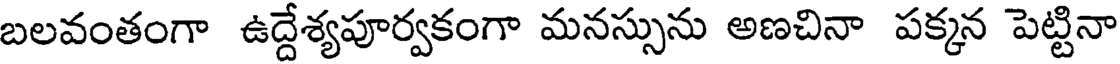
బలవంతంగా ఉద్దేశ్యపూర్వకంగా మనస్సును అణచినా పక్కన పెట్టినా